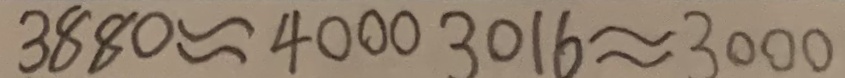
3 8 8 0 \approx 3 0 0 0 3 0 1 6 \approx 3 0 0 0